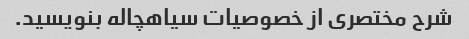
شرح مختصری از خصوصیات سیاهچاله بنویسید.